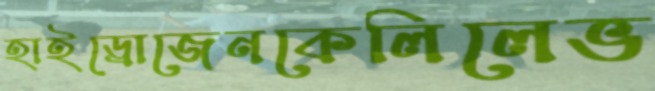
হাইড্রোজেনকেলিলেভ